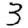
Digit: 3